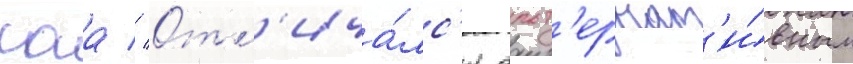
саа // Отл'ича́лс'я альт'ернат'и́вным